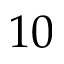
1 0